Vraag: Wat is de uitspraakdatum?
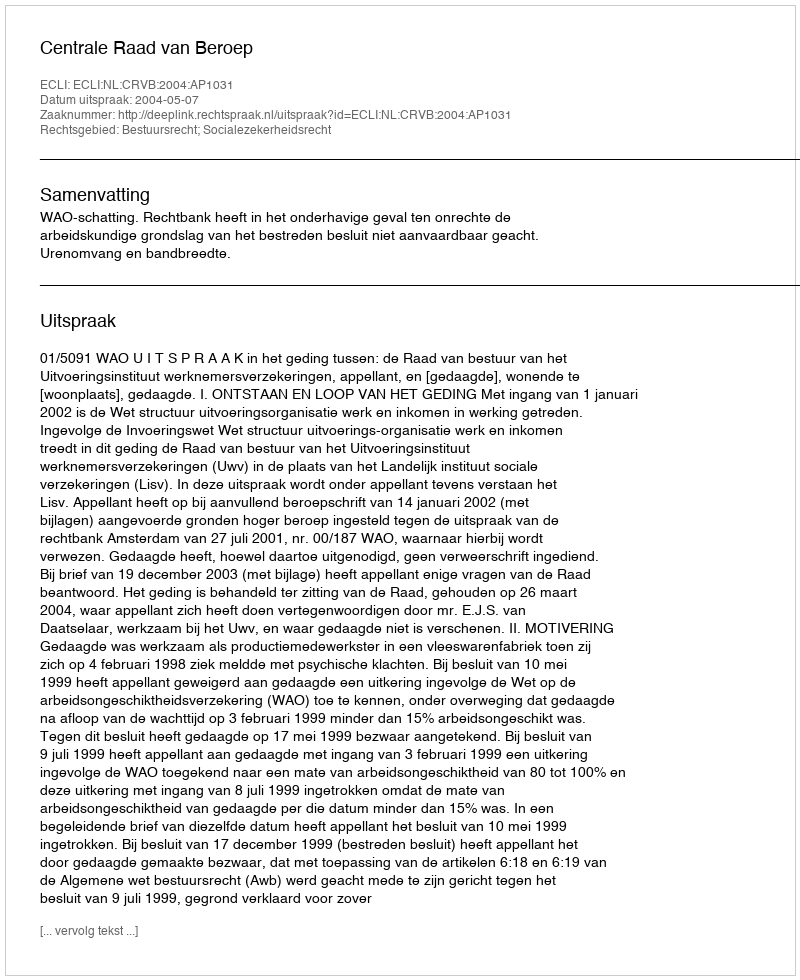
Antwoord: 2004-05-07